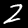
Digit: 2